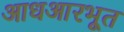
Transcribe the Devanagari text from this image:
आधआरभूत